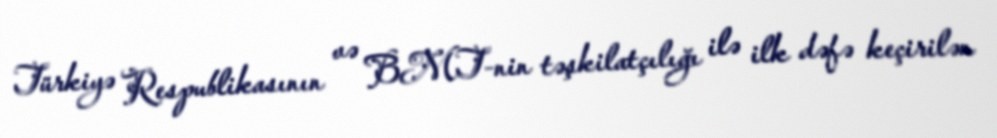
Türkiyə Respublikasının və BMT-nin təşkilatçılığı ilə ilk dəfə keçirilən